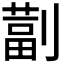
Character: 𫦚